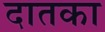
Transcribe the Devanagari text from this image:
दातका